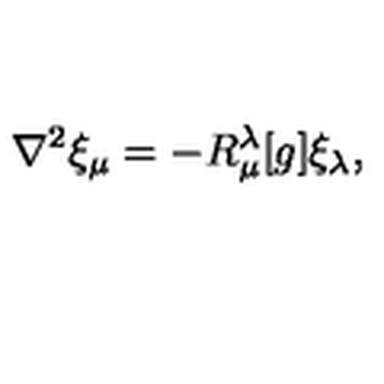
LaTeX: \nabla ^ { 2 } \xi _ { \mu } = - R _ { \mu } ^ { \lambda } [ g ] \xi _ { \lambda } ,